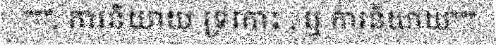
""", ការនិយាយ ទ្រគោះ , ឬ ការនិយាយ"""